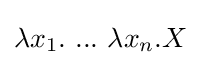
\lambda x_{1}.\ ...\ \lambda x_{n}.X